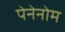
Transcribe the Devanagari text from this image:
पेनेनोम